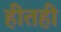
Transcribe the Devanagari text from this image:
हीतही